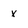
Character: x